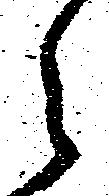
之